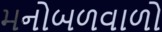
મનોબળવાળો